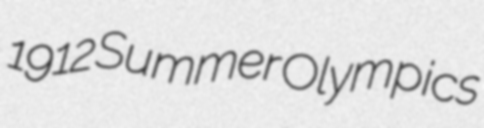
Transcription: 1912 Summer Olympics